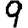
Digit: 9